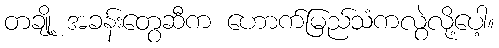
တချို့ အခန်းတွေဆီက ဟောက်မြည်သံကလွဲလို့ပေါ့။